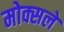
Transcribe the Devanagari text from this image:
मोक्सले